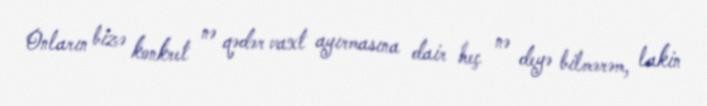
Onların bizə konkret nə qədər vaxt ayırmasına dair heç nə deyə bilmərəm, lakin